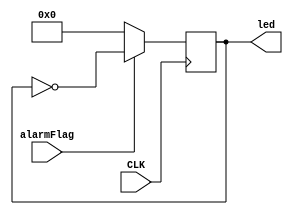
module alarm(input CLK, input alarmFlag, output [15:0] led);
reg [15:0] blink = 1'b0000000000000000;
always@(posedge CLK) begin
if(alarmFlag) begin
blink <= ~blink;
end
else 
blink<= 0;
end
assign led = blink;
endmodule